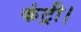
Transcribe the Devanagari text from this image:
कंट्री।